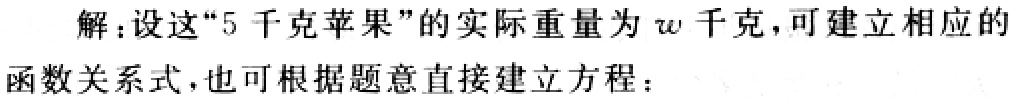
解：设这“5 千克苹果”的实际重量为\(w\)千克，可建立相应的函数关系式，也可根据题意直接建立方程：